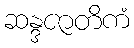
ဆန္ဒဇာတိကံ